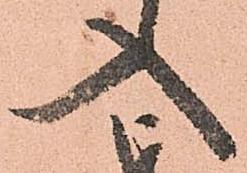
入